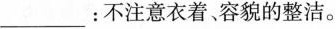
___：不注意衣着、容貌的整洁。